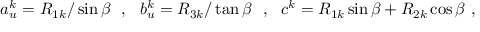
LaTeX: a _ { u } ^ { k } = R _ { 1 k } / \sin \beta ~ ~ , ~ ~ b _ { u } ^ { k } = R _ { 3 k } / \tan \beta ~ ~ , ~ ~ c ^ { k } = R _ { 1 k } \sin \beta + R _ { 2 k } \cos \beta ~ ,